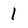
Character: 1